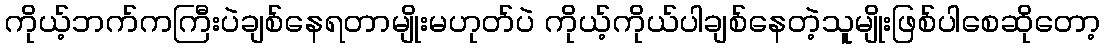
ကိုယ့်ဘက်ကကြီးပဲချစ်နေရတာမျိုးမဟုတ်ပဲ ကိုယ့်ကိုယ်ပါချစ်နေတဲ့သူမျိုးဖြစ်ပါစေဆိုတော့